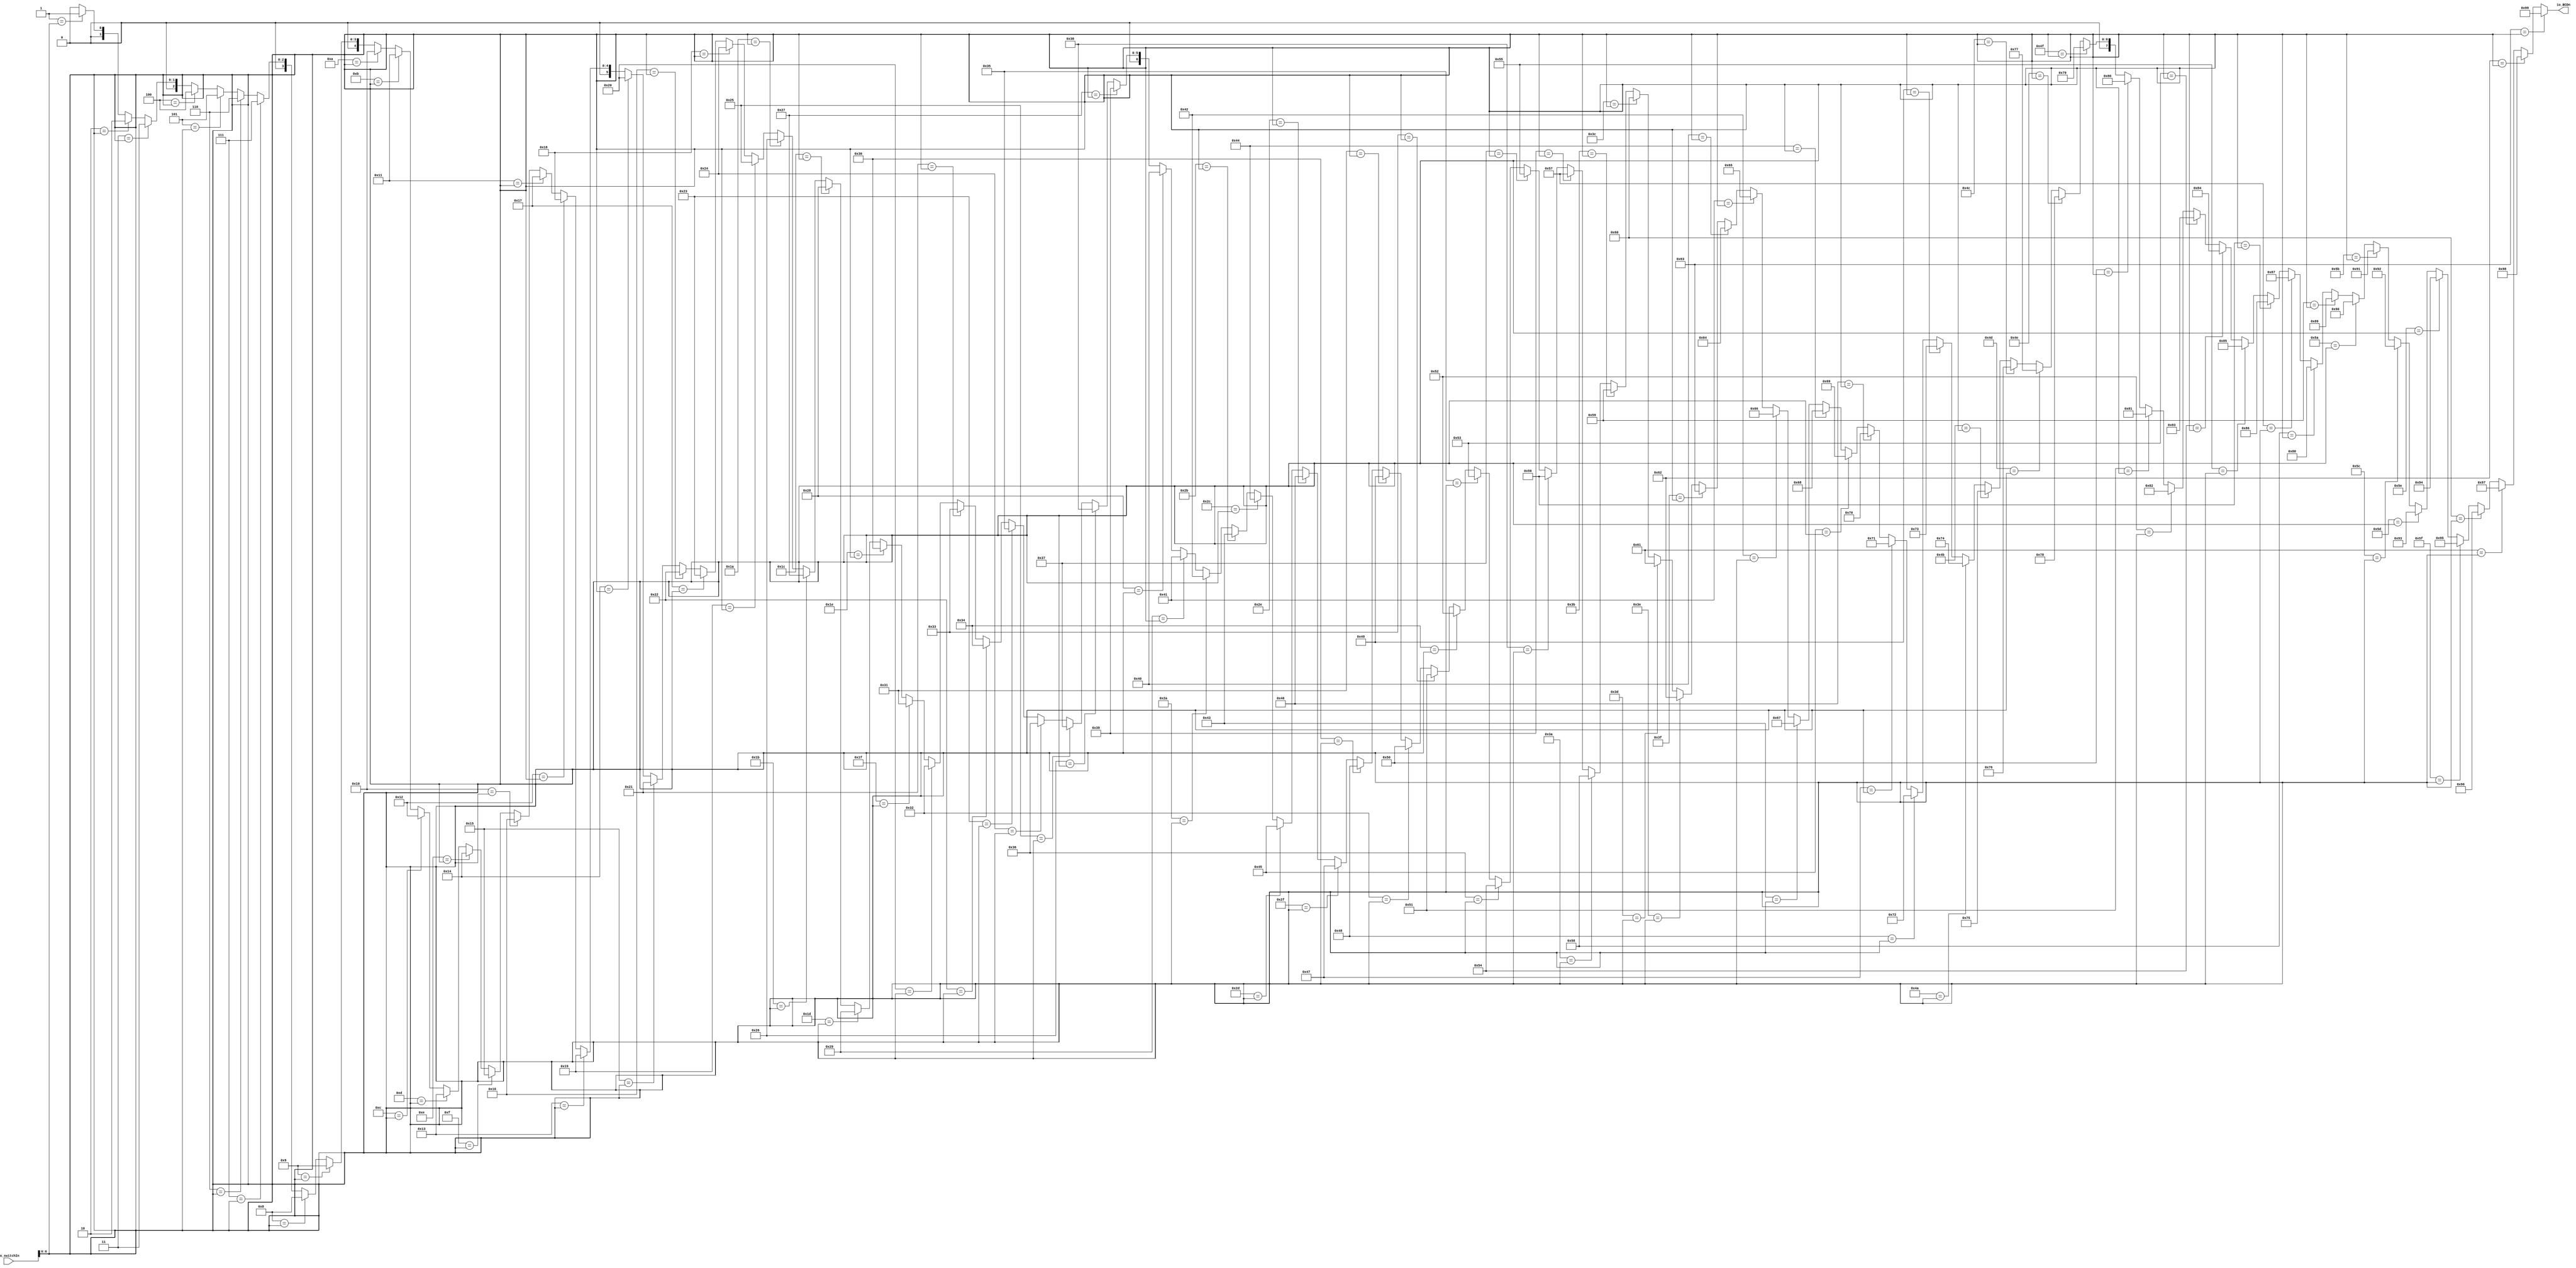
module BCDTable(
  input  [7:0] io_switchIn,
  output [7:0] io_BCDn
);
  wire [7:0] _GEN_1 = 7'h1 == io_switchIn[6:0] ? 8'h1 : 8'h0; // @[BCDTable.scala 16:{11,11}]
  wire [7:0] _GEN_2 = 7'h2 == io_switchIn[6:0] ? 8'h2 : _GEN_1; // @[BCDTable.scala 16:{11,11}]
  wire [7:0] _GEN_3 = 7'h3 == io_switchIn[6:0] ? 8'h3 : _GEN_2; // @[BCDTable.scala 16:{11,11}]
  wire [7:0] _GEN_4 = 7'h4 == io_switchIn[6:0] ? 8'h4 : _GEN_3; // @[BCDTable.scala 16:{11,11}]
  wire [7:0] _GEN_5 = 7'h5 == io_switchIn[6:0] ? 8'h5 : _GEN_4; // @[BCDTable.scala 16:{11,11}]
  wire [7:0] _GEN_6 = 7'h6 == io_switchIn[6:0] ? 8'h6 : _GEN_5; // @[BCDTable.scala 16:{11,11}]
  wire [7:0] _GEN_7 = 7'h7 == io_switchIn[6:0] ? 8'h7 : _GEN_6; // @[BCDTable.scala 16:{11,11}]
  wire [7:0] _GEN_8 = 7'h8 == io_switchIn[6:0] ? 8'h8 : _GEN_7; // @[BCDTable.scala 16:{11,11}]
  wire [7:0] _GEN_9 = 7'h9 == io_switchIn[6:0] ? 8'h9 : _GEN_8; // @[BCDTable.scala 16:{11,11}]
  wire [7:0] _GEN_10 = 7'ha == io_switchIn[6:0] ? 8'h10 : _GEN_9; // @[BCDTable.scala 16:{11,11}]
  wire [7:0] _GEN_11 = 7'hb == io_switchIn[6:0] ? 8'h11 : _GEN_10; // @[BCDTable.scala 16:{11,11}]
  wire [7:0] _GEN_12 = 7'hc == io_switchIn[6:0] ? 8'h12 : _GEN_11; // @[BCDTable.scala 16:{11,11}]
  wire [7:0] _GEN_13 = 7'hd == io_switchIn[6:0] ? 8'h13 : _GEN_12; // @[BCDTable.scala 16:{11,11}]
  wire [7:0] _GEN_14 = 7'he == io_switchIn[6:0] ? 8'h14 : _GEN_13; // @[BCDTable.scala 16:{11,11}]
  wire [7:0] _GEN_15 = 7'hf == io_switchIn[6:0] ? 8'h15 : _GEN_14; // @[BCDTable.scala 16:{11,11}]
  wire [7:0] _GEN_16 = 7'h10 == io_switchIn[6:0] ? 8'h16 : _GEN_15; // @[BCDTable.scala 16:{11,11}]
  wire [7:0] _GEN_17 = 7'h11 == io_switchIn[6:0] ? 8'h17 : _GEN_16; // @[BCDTable.scala 16:{11,11}]
  wire [7:0] _GEN_18 = 7'h12 == io_switchIn[6:0] ? 8'h18 : _GEN_17; // @[BCDTable.scala 16:{11,11}]
  wire [7:0] _GEN_19 = 7'h13 == io_switchIn[6:0] ? 8'h19 : _GEN_18; // @[BCDTable.scala 16:{11,11}]
  wire [7:0] _GEN_20 = 7'h14 == io_switchIn[6:0] ? 8'h20 : _GEN_19; // @[BCDTable.scala 16:{11,11}]
  wire [7:0] _GEN_21 = 7'h15 == io_switchIn[6:0] ? 8'h21 : _GEN_20; // @[BCDTable.scala 16:{11,11}]
  wire [7:0] _GEN_22 = 7'h16 == io_switchIn[6:0] ? 8'h22 : _GEN_21; // @[BCDTable.scala 16:{11,11}]
  wire [7:0] _GEN_23 = 7'h17 == io_switchIn[6:0] ? 8'h23 : _GEN_22; // @[BCDTable.scala 16:{11,11}]
  wire [7:0] _GEN_24 = 7'h18 == io_switchIn[6:0] ? 8'h24 : _GEN_23; // @[BCDTable.scala 16:{11,11}]
  wire [7:0] _GEN_25 = 7'h19 == io_switchIn[6:0] ? 8'h25 : _GEN_24; // @[BCDTable.scala 16:{11,11}]
  wire [7:0] _GEN_26 = 7'h1a == io_switchIn[6:0] ? 8'h26 : _GEN_25; // @[BCDTable.scala 16:{11,11}]
  wire [7:0] _GEN_27 = 7'h1b == io_switchIn[6:0] ? 8'h27 : _GEN_26; // @[BCDTable.scala 16:{11,11}]
  wire [7:0] _GEN_28 = 7'h1c == io_switchIn[6:0] ? 8'h28 : _GEN_27; // @[BCDTable.scala 16:{11,11}]
  wire [7:0] _GEN_29 = 7'h1d == io_switchIn[6:0] ? 8'h29 : _GEN_28; // @[BCDTable.scala 16:{11,11}]
  wire [7:0] _GEN_30 = 7'h1e == io_switchIn[6:0] ? 8'h30 : _GEN_29; // @[BCDTable.scala 16:{11,11}]
  wire [7:0] _GEN_31 = 7'h1f == io_switchIn[6:0] ? 8'h31 : _GEN_30; // @[BCDTable.scala 16:{11,11}]
  wire [7:0] _GEN_32 = 7'h20 == io_switchIn[6:0] ? 8'h32 : _GEN_31; // @[BCDTable.scala 16:{11,11}]
  wire [7:0] _GEN_33 = 7'h21 == io_switchIn[6:0] ? 8'h33 : _GEN_32; // @[BCDTable.scala 16:{11,11}]
  wire [7:0] _GEN_34 = 7'h22 == io_switchIn[6:0] ? 8'h34 : _GEN_33; // @[BCDTable.scala 16:{11,11}]
  wire [7:0] _GEN_35 = 7'h23 == io_switchIn[6:0] ? 8'h35 : _GEN_34; // @[BCDTable.scala 16:{11,11}]
  wire [7:0] _GEN_36 = 7'h24 == io_switchIn[6:0] ? 8'h36 : _GEN_35; // @[BCDTable.scala 16:{11,11}]
  wire [7:0] _GEN_37 = 7'h25 == io_switchIn[6:0] ? 8'h37 : _GEN_36; // @[BCDTable.scala 16:{11,11}]
  wire [7:0] _GEN_38 = 7'h26 == io_switchIn[6:0] ? 8'h38 : _GEN_37; // @[BCDTable.scala 16:{11,11}]
  wire [7:0] _GEN_39 = 7'h27 == io_switchIn[6:0] ? 8'h39 : _GEN_38; // @[BCDTable.scala 16:{11,11}]
  wire [7:0] _GEN_40 = 7'h28 == io_switchIn[6:0] ? 8'h40 : _GEN_39; // @[BCDTable.scala 16:{11,11}]
  wire [7:0] _GEN_41 = 7'h29 == io_switchIn[6:0] ? 8'h41 : _GEN_40; // @[BCDTable.scala 16:{11,11}]
  wire [7:0] _GEN_42 = 7'h2a == io_switchIn[6:0] ? 8'h42 : _GEN_41; // @[BCDTable.scala 16:{11,11}]
  wire [7:0] _GEN_43 = 7'h2b == io_switchIn[6:0] ? 8'h43 : _GEN_42; // @[BCDTable.scala 16:{11,11}]
  wire [7:0] _GEN_44 = 7'h2c == io_switchIn[6:0] ? 8'h44 : _GEN_43; // @[BCDTable.scala 16:{11,11}]
  wire [7:0] _GEN_45 = 7'h2d == io_switchIn[6:0] ? 8'h45 : _GEN_44; // @[BCDTable.scala 16:{11,11}]
  wire [7:0] _GEN_46 = 7'h2e == io_switchIn[6:0] ? 8'h46 : _GEN_45; // @[BCDTable.scala 16:{11,11}]
  wire [7:0] _GEN_47 = 7'h2f == io_switchIn[6:0] ? 8'h47 : _GEN_46; // @[BCDTable.scala 16:{11,11}]
  wire [7:0] _GEN_48 = 7'h30 == io_switchIn[6:0] ? 8'h48 : _GEN_47; // @[BCDTable.scala 16:{11,11}]
  wire [7:0] _GEN_49 = 7'h31 == io_switchIn[6:0] ? 8'h49 : _GEN_48; // @[BCDTable.scala 16:{11,11}]
  wire [7:0] _GEN_50 = 7'h32 == io_switchIn[6:0] ? 8'h50 : _GEN_49; // @[BCDTable.scala 16:{11,11}]
  wire [7:0] _GEN_51 = 7'h33 == io_switchIn[6:0] ? 8'h51 : _GEN_50; // @[BCDTable.scala 16:{11,11}]
  wire [7:0] _GEN_52 = 7'h34 == io_switchIn[6:0] ? 8'h52 : _GEN_51; // @[BCDTable.scala 16:{11,11}]
  wire [7:0] _GEN_53 = 7'h35 == io_switchIn[6:0] ? 8'h53 : _GEN_52; // @[BCDTable.scala 16:{11,11}]
  wire [7:0] _GEN_54 = 7'h36 == io_switchIn[6:0] ? 8'h54 : _GEN_53; // @[BCDTable.scala 16:{11,11}]
  wire [7:0] _GEN_55 = 7'h37 == io_switchIn[6:0] ? 8'h55 : _GEN_54; // @[BCDTable.scala 16:{11,11}]
  wire [7:0] _GEN_56 = 7'h38 == io_switchIn[6:0] ? 8'h56 : _GEN_55; // @[BCDTable.scala 16:{11,11}]
  wire [7:0] _GEN_57 = 7'h39 == io_switchIn[6:0] ? 8'h57 : _GEN_56; // @[BCDTable.scala 16:{11,11}]
  wire [7:0] _GEN_58 = 7'h3a == io_switchIn[6:0] ? 8'h58 : _GEN_57; // @[BCDTable.scala 16:{11,11}]
  wire [7:0] _GEN_59 = 7'h3b == io_switchIn[6:0] ? 8'h59 : _GEN_58; // @[BCDTable.scala 16:{11,11}]
  wire [7:0] _GEN_60 = 7'h3c == io_switchIn[6:0] ? 8'h60 : _GEN_59; // @[BCDTable.scala 16:{11,11}]
  wire [7:0] _GEN_61 = 7'h3d == io_switchIn[6:0] ? 8'h61 : _GEN_60; // @[BCDTable.scala 16:{11,11}]
  wire [7:0] _GEN_62 = 7'h3e == io_switchIn[6:0] ? 8'h62 : _GEN_61; // @[BCDTable.scala 16:{11,11}]
  wire [7:0] _GEN_63 = 7'h3f == io_switchIn[6:0] ? 8'h63 : _GEN_62; // @[BCDTable.scala 16:{11,11}]
  wire [7:0] _GEN_64 = 7'h40 == io_switchIn[6:0] ? 8'h64 : _GEN_63; // @[BCDTable.scala 16:{11,11}]
  wire [7:0] _GEN_65 = 7'h41 == io_switchIn[6:0] ? 8'h65 : _GEN_64; // @[BCDTable.scala 16:{11,11}]
  wire [7:0] _GEN_66 = 7'h42 == io_switchIn[6:0] ? 8'h66 : _GEN_65; // @[BCDTable.scala 16:{11,11}]
  wire [7:0] _GEN_67 = 7'h43 == io_switchIn[6:0] ? 8'h67 : _GEN_66; // @[BCDTable.scala 16:{11,11}]
  wire [7:0] _GEN_68 = 7'h44 == io_switchIn[6:0] ? 8'h68 : _GEN_67; // @[BCDTable.scala 16:{11,11}]
  wire [7:0] _GEN_69 = 7'h45 == io_switchIn[6:0] ? 8'h69 : _GEN_68; // @[BCDTable.scala 16:{11,11}]
  wire [7:0] _GEN_70 = 7'h46 == io_switchIn[6:0] ? 8'h70 : _GEN_69; // @[BCDTable.scala 16:{11,11}]
  wire [7:0] _GEN_71 = 7'h47 == io_switchIn[6:0] ? 8'h71 : _GEN_70; // @[BCDTable.scala 16:{11,11}]
  wire [7:0] _GEN_72 = 7'h48 == io_switchIn[6:0] ? 8'h72 : _GEN_71; // @[BCDTable.scala 16:{11,11}]
  wire [7:0] _GEN_73 = 7'h49 == io_switchIn[6:0] ? 8'h73 : _GEN_72; // @[BCDTable.scala 16:{11,11}]
  wire [7:0] _GEN_74 = 7'h4a == io_switchIn[6:0] ? 8'h74 : _GEN_73; // @[BCDTable.scala 16:{11,11}]
  wire [7:0] _GEN_75 = 7'h4b == io_switchIn[6:0] ? 8'h75 : _GEN_74; // @[BCDTable.scala 16:{11,11}]
  wire [7:0] _GEN_76 = 7'h4c == io_switchIn[6:0] ? 8'h76 : _GEN_75; // @[BCDTable.scala 16:{11,11}]
  wire [7:0] _GEN_77 = 7'h4d == io_switchIn[6:0] ? 8'h77 : _GEN_76; // @[BCDTable.scala 16:{11,11}]
  wire [7:0] _GEN_78 = 7'h4e == io_switchIn[6:0] ? 8'h78 : _GEN_77; // @[BCDTable.scala 16:{11,11}]
  wire [7:0] _GEN_79 = 7'h4f == io_switchIn[6:0] ? 8'h79 : _GEN_78; // @[BCDTable.scala 16:{11,11}]
  wire [7:0] _GEN_80 = 7'h50 == io_switchIn[6:0] ? 8'h80 : _GEN_79; // @[BCDTable.scala 16:{11,11}]
  wire [7:0] _GEN_81 = 7'h51 == io_switchIn[6:0] ? 8'h81 : _GEN_80; // @[BCDTable.scala 16:{11,11}]
  wire [7:0] _GEN_82 = 7'h52 == io_switchIn[6:0] ? 8'h82 : _GEN_81; // @[BCDTable.scala 16:{11,11}]
  wire [7:0] _GEN_83 = 7'h53 == io_switchIn[6:0] ? 8'h83 : _GEN_82; // @[BCDTable.scala 16:{11,11}]
  wire [7:0] _GEN_84 = 7'h54 == io_switchIn[6:0] ? 8'h84 : _GEN_83; // @[BCDTable.scala 16:{11,11}]
  wire [7:0] _GEN_85 = 7'h55 == io_switchIn[6:0] ? 8'h85 : _GEN_84; // @[BCDTable.scala 16:{11,11}]
  wire [7:0] _GEN_86 = 7'h56 == io_switchIn[6:0] ? 8'h86 : _GEN_85; // @[BCDTable.scala 16:{11,11}]
  wire [7:0] _GEN_87 = 7'h57 == io_switchIn[6:0] ? 8'h87 : _GEN_86; // @[BCDTable.scala 16:{11,11}]
  wire [7:0] _GEN_88 = 7'h58 == io_switchIn[6:0] ? 8'h88 : _GEN_87; // @[BCDTable.scala 16:{11,11}]
  wire [7:0] _GEN_89 = 7'h59 == io_switchIn[6:0] ? 8'h89 : _GEN_88; // @[BCDTable.scala 16:{11,11}]
  wire [7:0] _GEN_90 = 7'h5a == io_switchIn[6:0] ? 8'h90 : _GEN_89; // @[BCDTable.scala 16:{11,11}]
  wire [7:0] _GEN_91 = 7'h5b == io_switchIn[6:0] ? 8'h91 : _GEN_90; // @[BCDTable.scala 16:{11,11}]
  wire [7:0] _GEN_92 = 7'h5c == io_switchIn[6:0] ? 8'h92 : _GEN_91; // @[BCDTable.scala 16:{11,11}]
  wire [7:0] _GEN_93 = 7'h5d == io_switchIn[6:0] ? 8'h93 : _GEN_92; // @[BCDTable.scala 16:{11,11}]
  wire [7:0] _GEN_94 = 7'h5e == io_switchIn[6:0] ? 8'h94 : _GEN_93; // @[BCDTable.scala 16:{11,11}]
  wire [7:0] _GEN_95 = 7'h5f == io_switchIn[6:0] ? 8'h95 : _GEN_94; // @[BCDTable.scala 16:{11,11}]
  wire [7:0] _GEN_96 = 7'h60 == io_switchIn[6:0] ? 8'h96 : _GEN_95; // @[BCDTable.scala 16:{11,11}]
  wire [7:0] _GEN_97 = 7'h61 == io_switchIn[6:0] ? 8'h97 : _GEN_96; // @[BCDTable.scala 16:{11,11}]
  wire [7:0] _GEN_98 = 7'h62 == io_switchIn[6:0] ? 8'h98 : _GEN_97; // @[BCDTable.scala 16:{11,11}]
  assign io_BCDn = 7'h63 == io_switchIn[6:0] ? 8'h99 : _GEN_98; // @[BCDTable.scala 16:{11,11}]
endmodule
module SevenSegDec(
  input  [3:0] io_in,
  output [6:0] io_out
);
  wire [7:0] _GEN_2 = 4'hd == io_in ? 8'h11 : 8'h0; // @[SevenSegDec.scala 13:16 29:26]
  wire [7:0] _GEN_3 = 4'hc == io_in ? 8'h7 : _GEN_2; // @[SevenSegDec.scala 13:16 28:26]
  wire [7:0] _GEN_4 = 4'hb == io_in ? 8'hc : _GEN_3; // @[SevenSegDec.scala 13:16 27:26]
  wire [7:0] _GEN_5 = 4'ha == io_in ? 8'h6 : _GEN_4; // @[SevenSegDec.scala 13:16 26:26]
  wire [7:0] _GEN_6 = 4'h9 == io_in ? 8'h18 : _GEN_5; // @[SevenSegDec.scala 13:16 24:26]
  wire [7:0] _GEN_7 = 4'h8 == io_in ? 8'h0 : _GEN_6; // @[SevenSegDec.scala 13:16 23:26]
  wire [7:0] _GEN_8 = 4'h7 == io_in ? 8'h78 : _GEN_7; // @[SevenSegDec.scala 13:16 22:26]
  wire [7:0] _GEN_9 = 4'h6 == io_in ? 8'h2 : _GEN_8; // @[SevenSegDec.scala 13:16 21:26]
  wire [7:0] _GEN_10 = 4'h5 == io_in ? 8'h12 : _GEN_9; // @[SevenSegDec.scala 13:16 20:26]
  wire [7:0] _GEN_11 = 4'h4 == io_in ? 8'h19 : _GEN_10; // @[SevenSegDec.scala 13:16 19:26]
  wire [7:0] _GEN_12 = 4'h3 == io_in ? 8'h30 : _GEN_11; // @[SevenSegDec.scala 13:16 18:26]
  wire [7:0] _GEN_13 = 4'h2 == io_in ? 8'h24 : _GEN_12; // @[SevenSegDec.scala 13:16 17:26]
  wire [7:0] _GEN_14 = 4'h1 == io_in ? 8'h79 : _GEN_13; // @[SevenSegDec.scala 13:16 16:26]
  wire [7:0] sevSeg = 4'h0 == io_in ? 8'h40 : _GEN_14; // @[SevenSegDec.scala 13:16 15:26]
  assign io_out = sevSeg[6:0]; // @[SevenSegDec.scala 36:10]
endmodule
module DisplayMultiplexer(
  input        clock,
  input        reset,
  input  [6:0] io_sum,
  input  [4:0] io_price,
  input  [7:0] io_cans,
  output [6:0] io_seg,
  output [3:0] io_an
);
`ifdef RANDOMIZE_REG_INIT
  reg [31:0] _RAND_0;
  reg [31:0] _RAND_1;
`endif // RANDOMIZE_REG_INIT
  wire [7:0] BCDPrice_io_switchIn; // @[DisplayMultiplexer.scala 18:24]
  wire [7:0] BCDPrice_io_BCDn; // @[DisplayMultiplexer.scala 18:24]
  wire [7:0] BCDSum_io_switchIn; // @[DisplayMultiplexer.scala 20:22]
  wire [7:0] BCDSum_io_BCDn; // @[DisplayMultiplexer.scala 20:22]
  wire [3:0] sevDis_io_in; // @[DisplayMultiplexer.scala 22:22]
  wire [6:0] sevDis_io_out; // @[DisplayMultiplexer.scala 22:22]
  reg [19:0] reg100k; // @[DisplayMultiplexer.scala 25:24]
  reg [3:0] selectReg; // @[DisplayMultiplexer.scala 26:26]
  wire [19:0] _reg100k_T_1 = reg100k + 20'h1; // @[DisplayMultiplexer.scala 30:22]
  wire  _T_3 = 4'h1 == selectReg; // @[DisplayMultiplexer.scala 46:22]
  wire  _T_4 = 4'h2 == selectReg; // @[DisplayMultiplexer.scala 46:22]
  wire  _T_5 = 4'h4 == selectReg; // @[DisplayMultiplexer.scala 46:22]
  wire  _T_6 = 4'h8 == selectReg; // @[DisplayMultiplexer.scala 46:22]
  wire [3:0] _GEN_3 = 4'h8 == selectReg ? 4'ha : 4'h0; // @[DisplayMultiplexer.scala 23:16 46:22 50:34]
  wire [3:0] _GEN_4 = 4'h4 == selectReg ? 4'hb : _GEN_3; // @[DisplayMultiplexer.scala 46:22 49:34]
  wire [3:0] _GEN_5 = 4'h2 == selectReg ? 4'hc : _GEN_4; // @[DisplayMultiplexer.scala 46:22 48:34]
  wire [3:0] _GEN_6 = 4'h1 == selectReg ? 4'hd : _GEN_5; // @[DisplayMultiplexer.scala 46:22 47:34]
  wire [3:0] _GEN_7 = _T_6 ? BCDSum_io_BCDn[7:4] : 4'h0; // @[DisplayMultiplexer.scala 23:16 53:23 57:35]
  wire [3:0] _GEN_8 = _T_5 ? BCDSum_io_BCDn[3:0] : _GEN_7; // @[DisplayMultiplexer.scala 53:23 56:35]
  wire [3:0] _GEN_9 = _T_4 ? BCDPrice_io_BCDn[7:4] : _GEN_8; // @[DisplayMultiplexer.scala 53:23 55:35]
  wire [3:0] _GEN_10 = _T_3 ? BCDPrice_io_BCDn[3:0] : _GEN_9; // @[DisplayMultiplexer.scala 53:23 54:35]
  BCDTable BCDPrice ( // @[DisplayMultiplexer.scala 18:24]
    .io_switchIn(BCDPrice_io_switchIn),
    .io_BCDn(BCDPrice_io_BCDn)
  );
  BCDTable BCDSum ( // @[DisplayMultiplexer.scala 20:22]
    .io_switchIn(BCDSum_io_switchIn),
    .io_BCDn(BCDSum_io_BCDn)
  );
  SevenSegDec sevDis ( // @[DisplayMultiplexer.scala 22:22]
    .io_in(sevDis_io_in),
    .io_out(sevDis_io_out)
  );
  assign io_seg = sevDis_io_out; // @[DisplayMultiplexer.scala 13:27 43:10]
  assign io_an = ~selectReg; // @[DisplayMultiplexer.scala 64:12]
  assign BCDPrice_io_switchIn = {{3'd0}, io_price}; // @[DisplayMultiplexer.scala 19:24]
  assign BCDSum_io_switchIn = {{1'd0}, io_sum}; // @[DisplayMultiplexer.scala 21:22]
  assign sevDis_io_in = io_cans == 8'h0 ? _GEN_6 : _GEN_10; // @[DisplayMultiplexer.scala 45:24]
  always @(posedge clock) begin
    if (reset) begin // @[DisplayMultiplexer.scala 25:24]
      reg100k <= 20'h0; // @[DisplayMultiplexer.scala 25:24]
    end else if (reg100k == 20'h186a0) begin // @[DisplayMultiplexer.scala 32:29]
      reg100k <= 20'h0; // @[DisplayMultiplexer.scala 33:13]
    end else begin
      reg100k <= _reg100k_T_1; // @[DisplayMultiplexer.scala 30:11]
    end
    if (reset) begin // @[DisplayMultiplexer.scala 26:26]
      selectReg <= 4'h8; // @[DisplayMultiplexer.scala 26:26]
    end else if (reg100k == 20'h186a0) begin // @[DisplayMultiplexer.scala 32:29]
      if (selectReg == 4'h1) begin // @[DisplayMultiplexer.scala 35:34]
        selectReg <= 4'h8; // @[DisplayMultiplexer.scala 36:17]
      end else begin
        selectReg <= {{1'd0}, selectReg[3:1]}; // @[DisplayMultiplexer.scala 38:17]
      end
    end
  end
// Register and memory initialization
`ifdef RANDOMIZE_GARBAGE_ASSIGN
`define RANDOMIZE
`endif
`ifdef RANDOMIZE_INVALID_ASSIGN
`define RANDOMIZE
`endif
`ifdef RANDOMIZE_REG_INIT
`define RANDOMIZE
`endif
`ifdef RANDOMIZE_MEM_INIT
`define RANDOMIZE
`endif
`ifndef RANDOM
`define RANDOM $random
`endif
`ifdef RANDOMIZE_MEM_INIT
  integer initvar;
`endif
`ifndef SYNTHESIS
`ifdef FIRRTL_BEFORE_INITIAL
`FIRRTL_BEFORE_INITIAL
`endif
initial begin
  `ifdef RANDOMIZE
    `ifdef INIT_RANDOM
      `INIT_RANDOM
    `endif
    `ifndef VERILATOR
      `ifdef RANDOMIZE_DELAY
        #`RANDOMIZE_DELAY begin end
      `else
        #0.002 begin end
      `endif
    `endif
`ifdef RANDOMIZE_REG_INIT
  _RAND_0 = {1{`RANDOM}};
  reg100k = _RAND_0[19:0];
  _RAND_1 = {1{`RANDOM}};
  selectReg = _RAND_1[3:0];
`endif // RANDOMIZE_REG_INIT
  `endif // RANDOMIZE
end // initial
`ifdef FIRRTL_AFTER_INITIAL
`FIRRTL_AFTER_INITIAL
`endif
`endif // SYNTHESIS
endmodule
module Display(
  input        clock,
  input        reset,
  input  [4:0] io_price,
  input  [6:0] io_sum,
  input  [7:0] io_cans,
  output [6:0] io_seg,
  output [3:0] io_an
);
  wire  dispMux_clock; // @[Display.scala 18:23]
  wire  dispMux_reset; // @[Display.scala 18:23]
  wire [6:0] dispMux_io_sum; // @[Display.scala 18:23]
  wire [4:0] dispMux_io_price; // @[Display.scala 18:23]
  wire [7:0] dispMux_io_cans; // @[Display.scala 18:23]
  wire [6:0] dispMux_io_seg; // @[Display.scala 18:23]
  wire [3:0] dispMux_io_an; // @[Display.scala 18:23]
  DisplayMultiplexer dispMux ( // @[Display.scala 18:23]
    .clock(dispMux_clock),
    .reset(dispMux_reset),
    .io_sum(dispMux_io_sum),
    .io_price(dispMux_io_price),
    .io_cans(dispMux_io_cans),
    .io_seg(dispMux_io_seg),
    .io_an(dispMux_io_an)
  );
  assign io_seg = dispMux_io_seg; // @[Display.scala 30:10]
  assign io_an = dispMux_io_an; // @[Display.scala 31:9]
  assign dispMux_clock = clock;
  assign dispMux_reset = reset;
  assign dispMux_io_sum = io_sum > 7'h63 ? 7'h63 : io_sum; // @[Display.scala 23:22 24:20 26:20]
  assign dispMux_io_price = io_price; // @[Display.scala 22:31]
  assign dispMux_io_cans = io_cans; // @[Display.scala 19:19]
endmodule